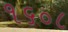
૧૬૦૮